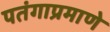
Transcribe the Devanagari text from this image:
पतंगाप्रमाणे